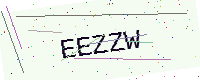
Text: EEZZW